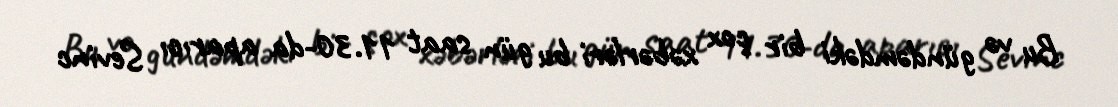
Bu və gündəmdəki bir çox xəbərləri bu gün saat 11.30-da aparıcı Sevinc